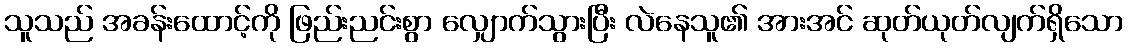
သူသည် အခန်းထောင့်ကို ဖြည်းညင်းစွာ လျှောက်သွားပြီး လဲနေသူ၏ အားအင် ဆုတ်ယုတ်လျက်ရှိသော